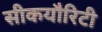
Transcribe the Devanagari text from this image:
सीकयौरिटी